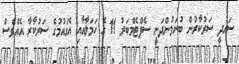
ސައުދީ ސަރުކާރުން ބުނަމުންދަނީ ސެޕްޓެމްބަރު 11 ގެ ހަމަލާއާއި އެގައުމުގެ ސަރުކާރާ އެއްވެސް